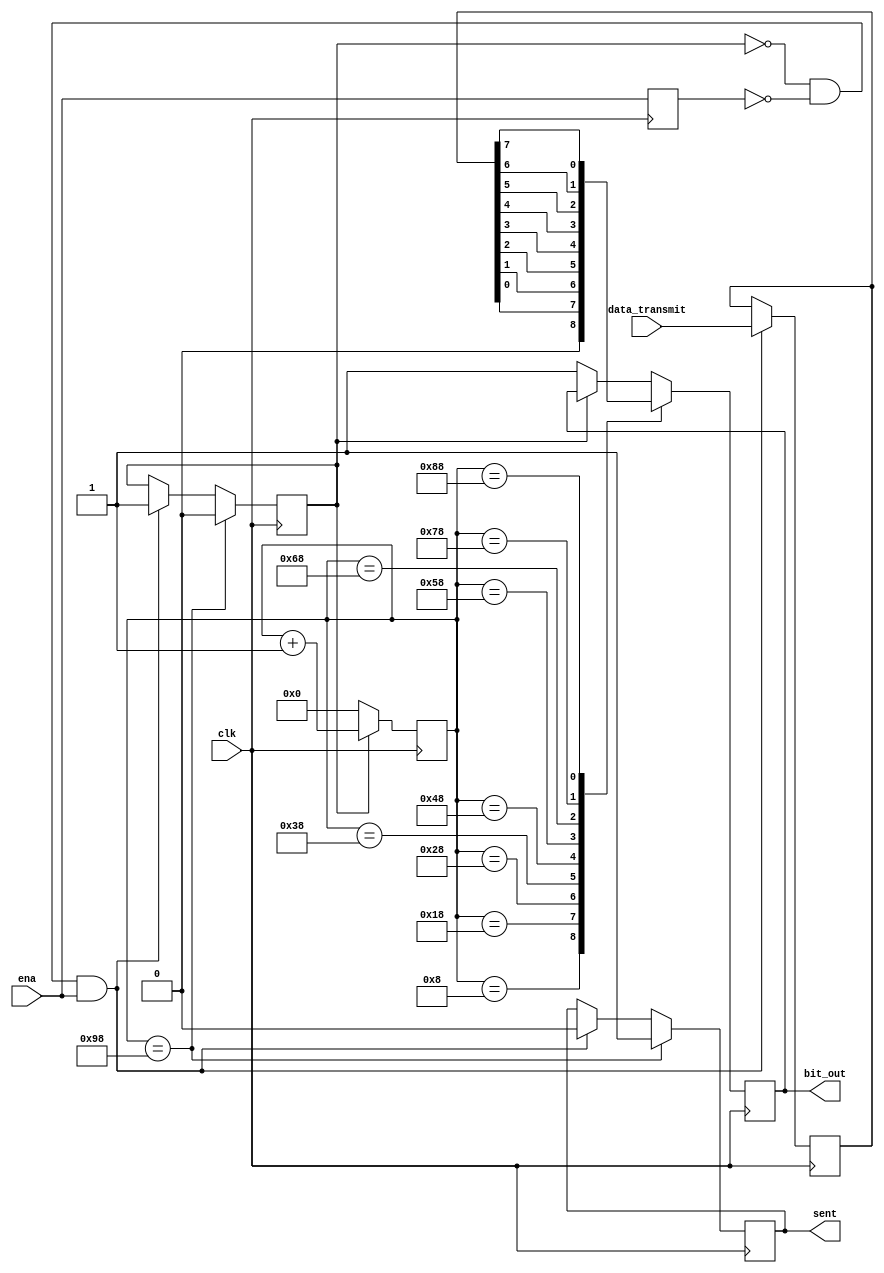
`timescale 1ns / 1ps
//////////////////////////////////////////////////////////////////////////////////
// Company: 
// Engineer: 
// 
// Design Name: 
// Module Name: uart_tx
// Project Name: 
// Target Devices: 
// Tool Versions: 
// Description: 
// 
// Dependencies: 
// 
// Revision:
// Revision 0.01 - File Created
// Additional Comments:
// 
//////////////////////////////////////////////////////////////////////////////////

module uart_tx(
    input clk,
    input [7:0] data_transmit,
    input ena,
    output reg sent,
    output reg bit_out
    );
    
    reg last_ena;
    reg sending = 0;
    reg [7:0] count;
    reg [7:0] temp;
    
    always@(posedge clk) begin
        if (~sending & ~last_ena & ena) begin
            temp <= data_transmit;
            sending <= 1;
            sent <= 0;
            count <= 0;
        end
        
        last_ena <= ena;
        
        if (sending)    count <= count + 1;
        else            begin count <= 0; bit_out <= 1; end
        
        // sampling every 16 ticks
        case (count)
            8'd8: bit_out <= 0;
            8'd24: bit_out <= temp[0];  
            8'd40: bit_out <= temp[1];
            8'd56: bit_out <= temp[2];
            8'd72: bit_out <= temp[3];
            8'd88: bit_out <= temp[4];
            8'd104: bit_out <= temp[5];
            8'd120: bit_out <= temp[6];
            8'd136: bit_out <= temp[7];
            8'd152: begin sent <= 1; sending <= 0; end
        endcase
    end
endmodule